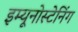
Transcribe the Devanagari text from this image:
इम्यूनोस्टेनिंग